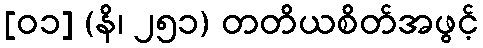
[၀၁] (နိ၊ ၂၅၁) တတိယစိတ်အဖွင့်